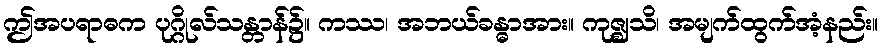
ဤအပရာဓက ပုဂ္ဂိုလ်သန္တာန်၌။ ကဿ၊ အဘယ်ခန္ဓာအား။ ကုဇ္ဈသိ၊ အမျက်ထွက်အံ့နည်း။